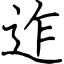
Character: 迮